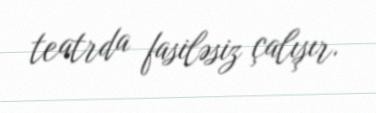
teatrda fasiləsiz çalışır.